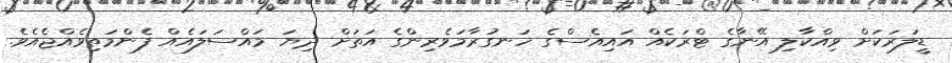
ޑީލަރަކަށް ވިއްކާލި އޭނާގެ ޓްރަކެއް އައިއެސްގެ ހަނގުރާމަވެރިންގެ އަތަށް ދިޔަ މައްސަލައެއް ފެންމަތިވެއްޖެއެވެ.